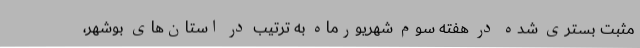
مثبت بستری شده در هفته سوم شهریورماه به ترتیب در استان‌های بوشهر،